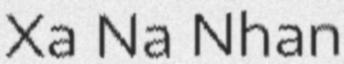
Xa Na Nhan